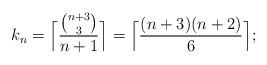
LaTeX: \begin{align*}k_n = \Bigl\lceil\frac{\binom{n+3}{3}}{n+1} \Bigr\rceil = \Bigl\lceil\frac{(n+3)(n+2)}{6}\Bigr\rceil;\end{align*}